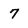
Character: 7